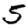
Digit: 5